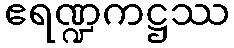
ဧရဏ္ဍကဋ္ဌဿ